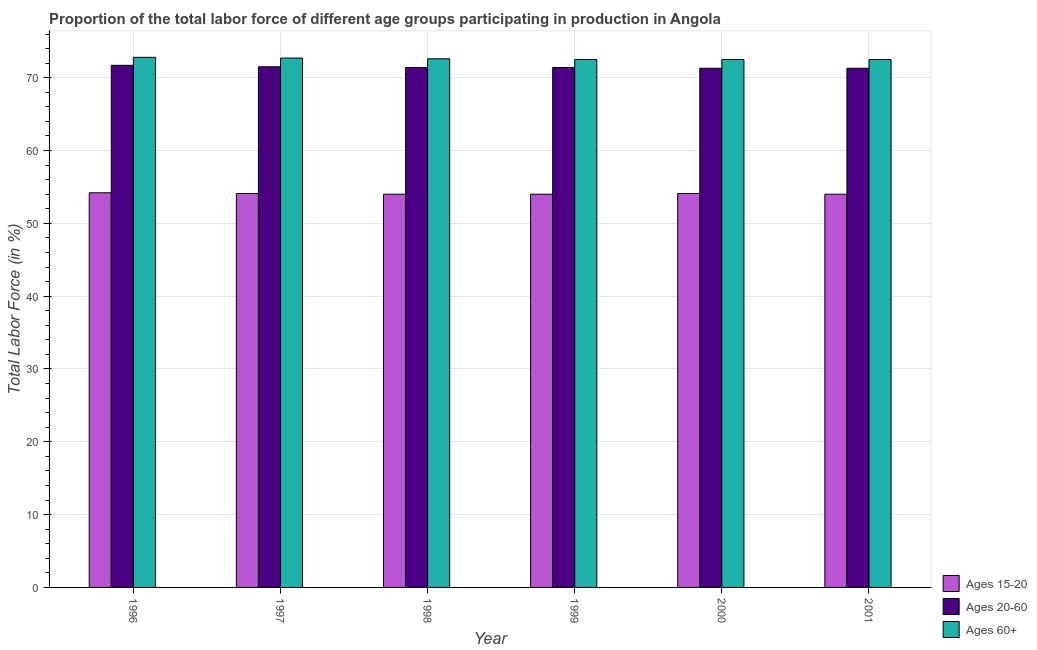
| Year | Ages 15-20 | Ages 20-60 | Ages 60+ |
 | --- | --- | --- | --- |
 | 1996 | 54.2 | 71.7 | 72.8 |
 | 1997 | 54.1 | 71.5 | 72.7 |
 | 1998 | 54 | 71.4 | 72.6 |
 | 1999 | 54 | 71.4 | 72.5 |
 | 2000 | 54.1 | 71.3 | 72.5 |
 | 2001 | 54 | 71.3 | 72.5 |